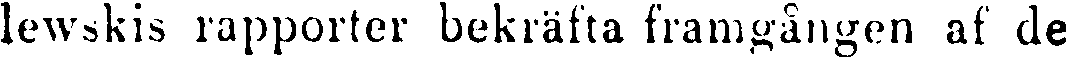
lewskis rapporter bekräfta framgången af de